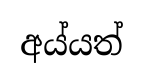
අය්යත්